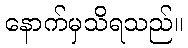
နောက်မှသိရသည်။